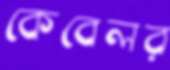
কেবেলর